Civil Veterinary Department. Madras. Admin. report 1926-33 - 1926-1933
Year: 1926
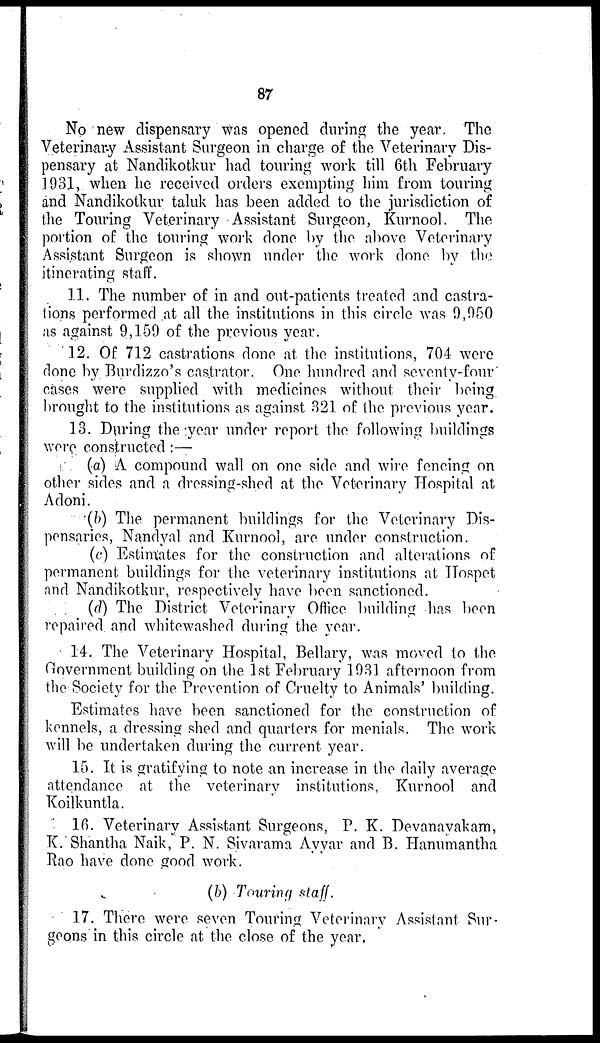
87
No new dispensary was opened during the year. The
Veterinary Assistant Surgeon in charge of the Veterinary Dis-
pensary at Nandikotkur had touring work till 6th February
1931, when he received orders exempting him from touring
and Nandikotkur taluk has been added to the jurisdiction of
the Touring Veterinary Assistant Surgeon, Kurnool. The
portion of the touring work done by the above Veterinary
Assistant Surgeon is shown under the work done by the
itinerating staff.
11. The number of in and out-patients treated and castra-
tions performed at all the institutions in this circle was 9,050
as against 9,159 of the previous year.
12. Of 712 castrations done at the institutions, 704 were
done by Burdizzo's castrator. One hundred and seventy-four
cases were supplied with medicines without their being
brought to the institutions as against 321 of the previous year.
13. During the year under report the following buildings
were constructed :—
(a) A compound wall on one side and wire fencing on
other sides and a dressing-shed at the Veterinary Hospital at
Adoni.
(b) The permanent buildings for the Veterinary Dis-
pensaries, Nandyal and Kurnool, are under construction.
(c) Estimates for the construction and alterations of
permanent buildings for the veterinary institutions at Hospet
and Nandikotkur, respectively have been sanctioned.
(d) The District Veterinary Office building has been
repaired and whitewashed during the year.
14. The Veterinary Hospital, Bellary, was moved to the
Government building on the 1st February 1931 afternoon from
the Society for the Prevention of Cruelty to Animals' building.
Estimates have been sanctioned for the construction of
kennels, a dressing shed and quarters for menials. The work
will be undertaken during the current year.
15. It is gratifying to note an increase in the daily average
attendance at the veterinary institutions, Kurnool and
Koilkuntla.
16. Veterinary Assistant Surgeons, P. K. Devanayakam,
It. Shantha Naik, P. N. Sivarama Ayyar and B. Hanumantha
Rao have done good work.
(b) Touring staff.
17. There were seven Touring Veterinary Assistant Sur-
geons in this circle at the close of the year,